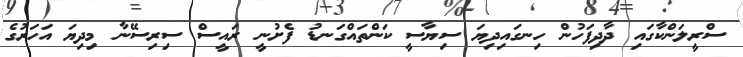
ސްރީލަންކާގައި ދާދިފަހުން ހިނގައިދިޔަ ސިޔާސީ ކަންތައްގަނޑު ފެށުނީ ރައީސް ސިރިސޭނާ މިދިޔަ އަހަރުގެ